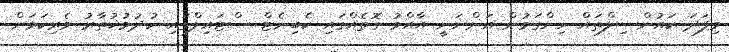
މިފަދަ ކައުންސިލްތައް ހިންގަމުން އަންނަނީ އާއްމު ގޮތެއްގައި ކެބިނެޓް ސްޓައިލްގައި ހުދުމުޚުތާރު ވެރިކަމަށް